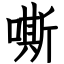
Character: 嘶